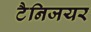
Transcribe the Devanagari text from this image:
टैनिजयर